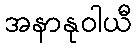
အနာနုဝါယီ